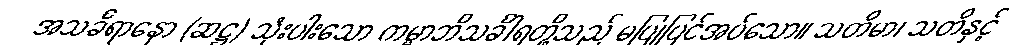
အသင်္ခရာနော (ဆဋ္ဌ) သုံးပါးသော ကမ္မာဘိသင်္ခါရတို့သည် မပြုပြင်အပ်သော။ သတိမာ၊ သတိနှင့်